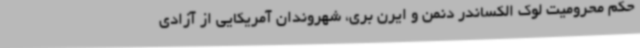
حکم محرومیت لوک الکساندر دنمن و ایرن بری، شهروندان آمریکایی از آزادی